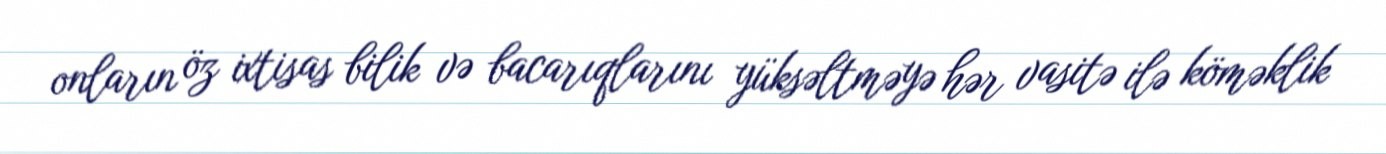
onların öz ixtisas bilik və bacarıqlarını yüksəltməyə hər vasitə ilə köməklik